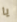
يا